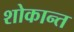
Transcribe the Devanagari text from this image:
शोकान्‍त